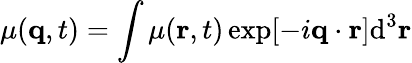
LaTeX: \mu(\textbf{q},t)=\int\mu(\textbf{r},t)\exp[-i\textbf{q}\cdot\textbf{r}]\textrm{d}^{3}\textbf{r}